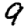
Digit: 9